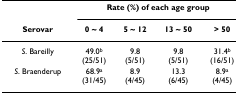
<table><thead><tr><td></td><td colspan="4"><b>Rate (%) of each age group</b></td></tr><tr><td><b>Serovar</b></td><td><b>0 ~ 4</b></td><td><b>5 ~ 12</b></td><td><b>13 ~ 50</b></td><td><b>&gt; 50</b></td></tr></thead><tbody><tr><td><i>S</i>. Bareilly</td><td>49.0<sup>b</sup>(25/51)</td><td>9.8(5/51)</td><td>9.8(5/51)</td><td>31.4<sup>b</sup>(16/51)</td></tr><tr><td><i>S</i>. Braenderup</td><td>68.9<sup>a</sup>(31/45)</td><td>8.9(4/45)</td><td>13.3(6/45)</td><td>8.9<sup>a</sup>(4/45)</td></tr></tbody></table>